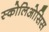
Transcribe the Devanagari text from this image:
स्कोलिओसिस